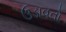
ઉડાવતો